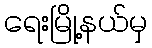
ရေးမြို့နယ်မှ